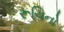
રૂચિનો